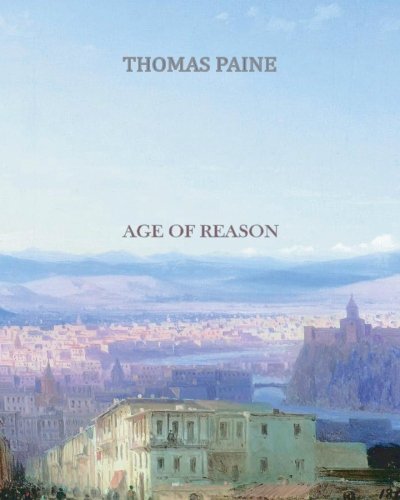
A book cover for Age Of Reason; Thomas Paine; Christian Books & Bibles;